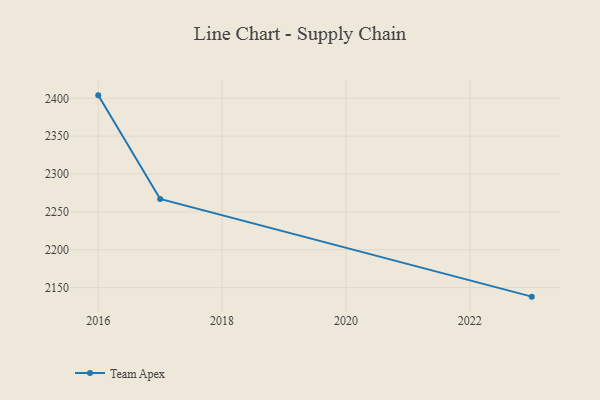
{"axis": {"x": "Year", "y": "Website Visitors"}, "legend": ["Team Apex"], "data": [{"x": "2023", "y": 2138.0, "type": "Team Apex"}, {"x": "2017", "y": 2267.1, "type": "Team Apex"}, {"x": "2016", "y": 2403.9, "type": "Team Apex"}]}